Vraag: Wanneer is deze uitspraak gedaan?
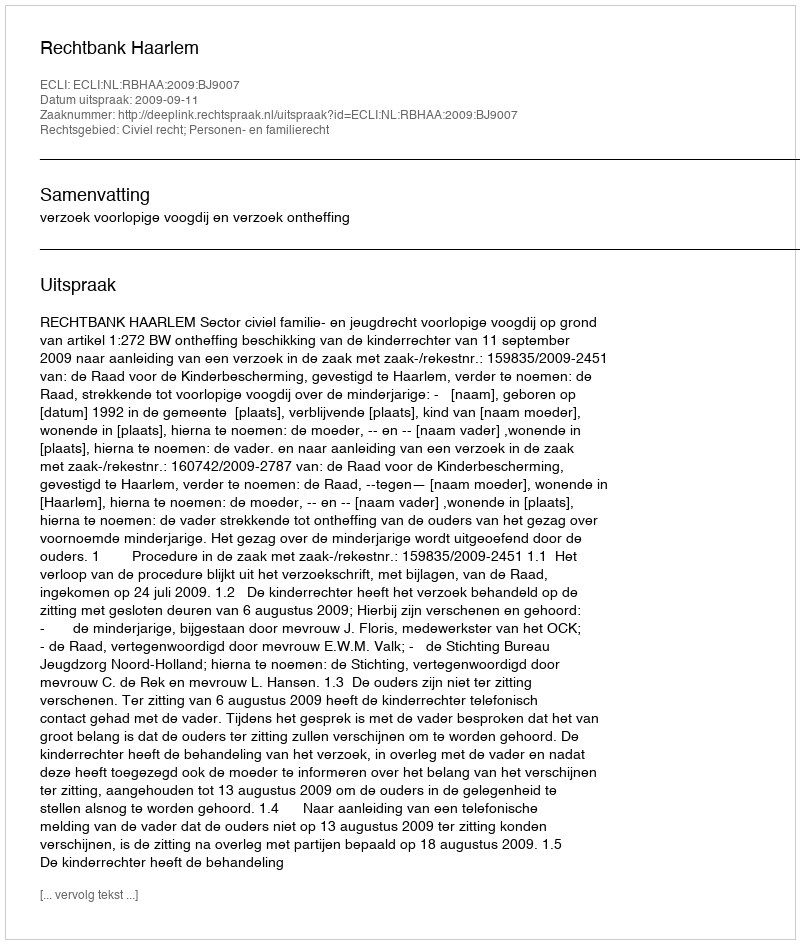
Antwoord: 2009-09-11